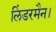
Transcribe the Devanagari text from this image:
लिंडरमैन।